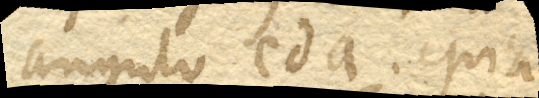
angulo eda. quia